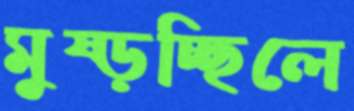
মুষ্‌ড়চ্ছিলে